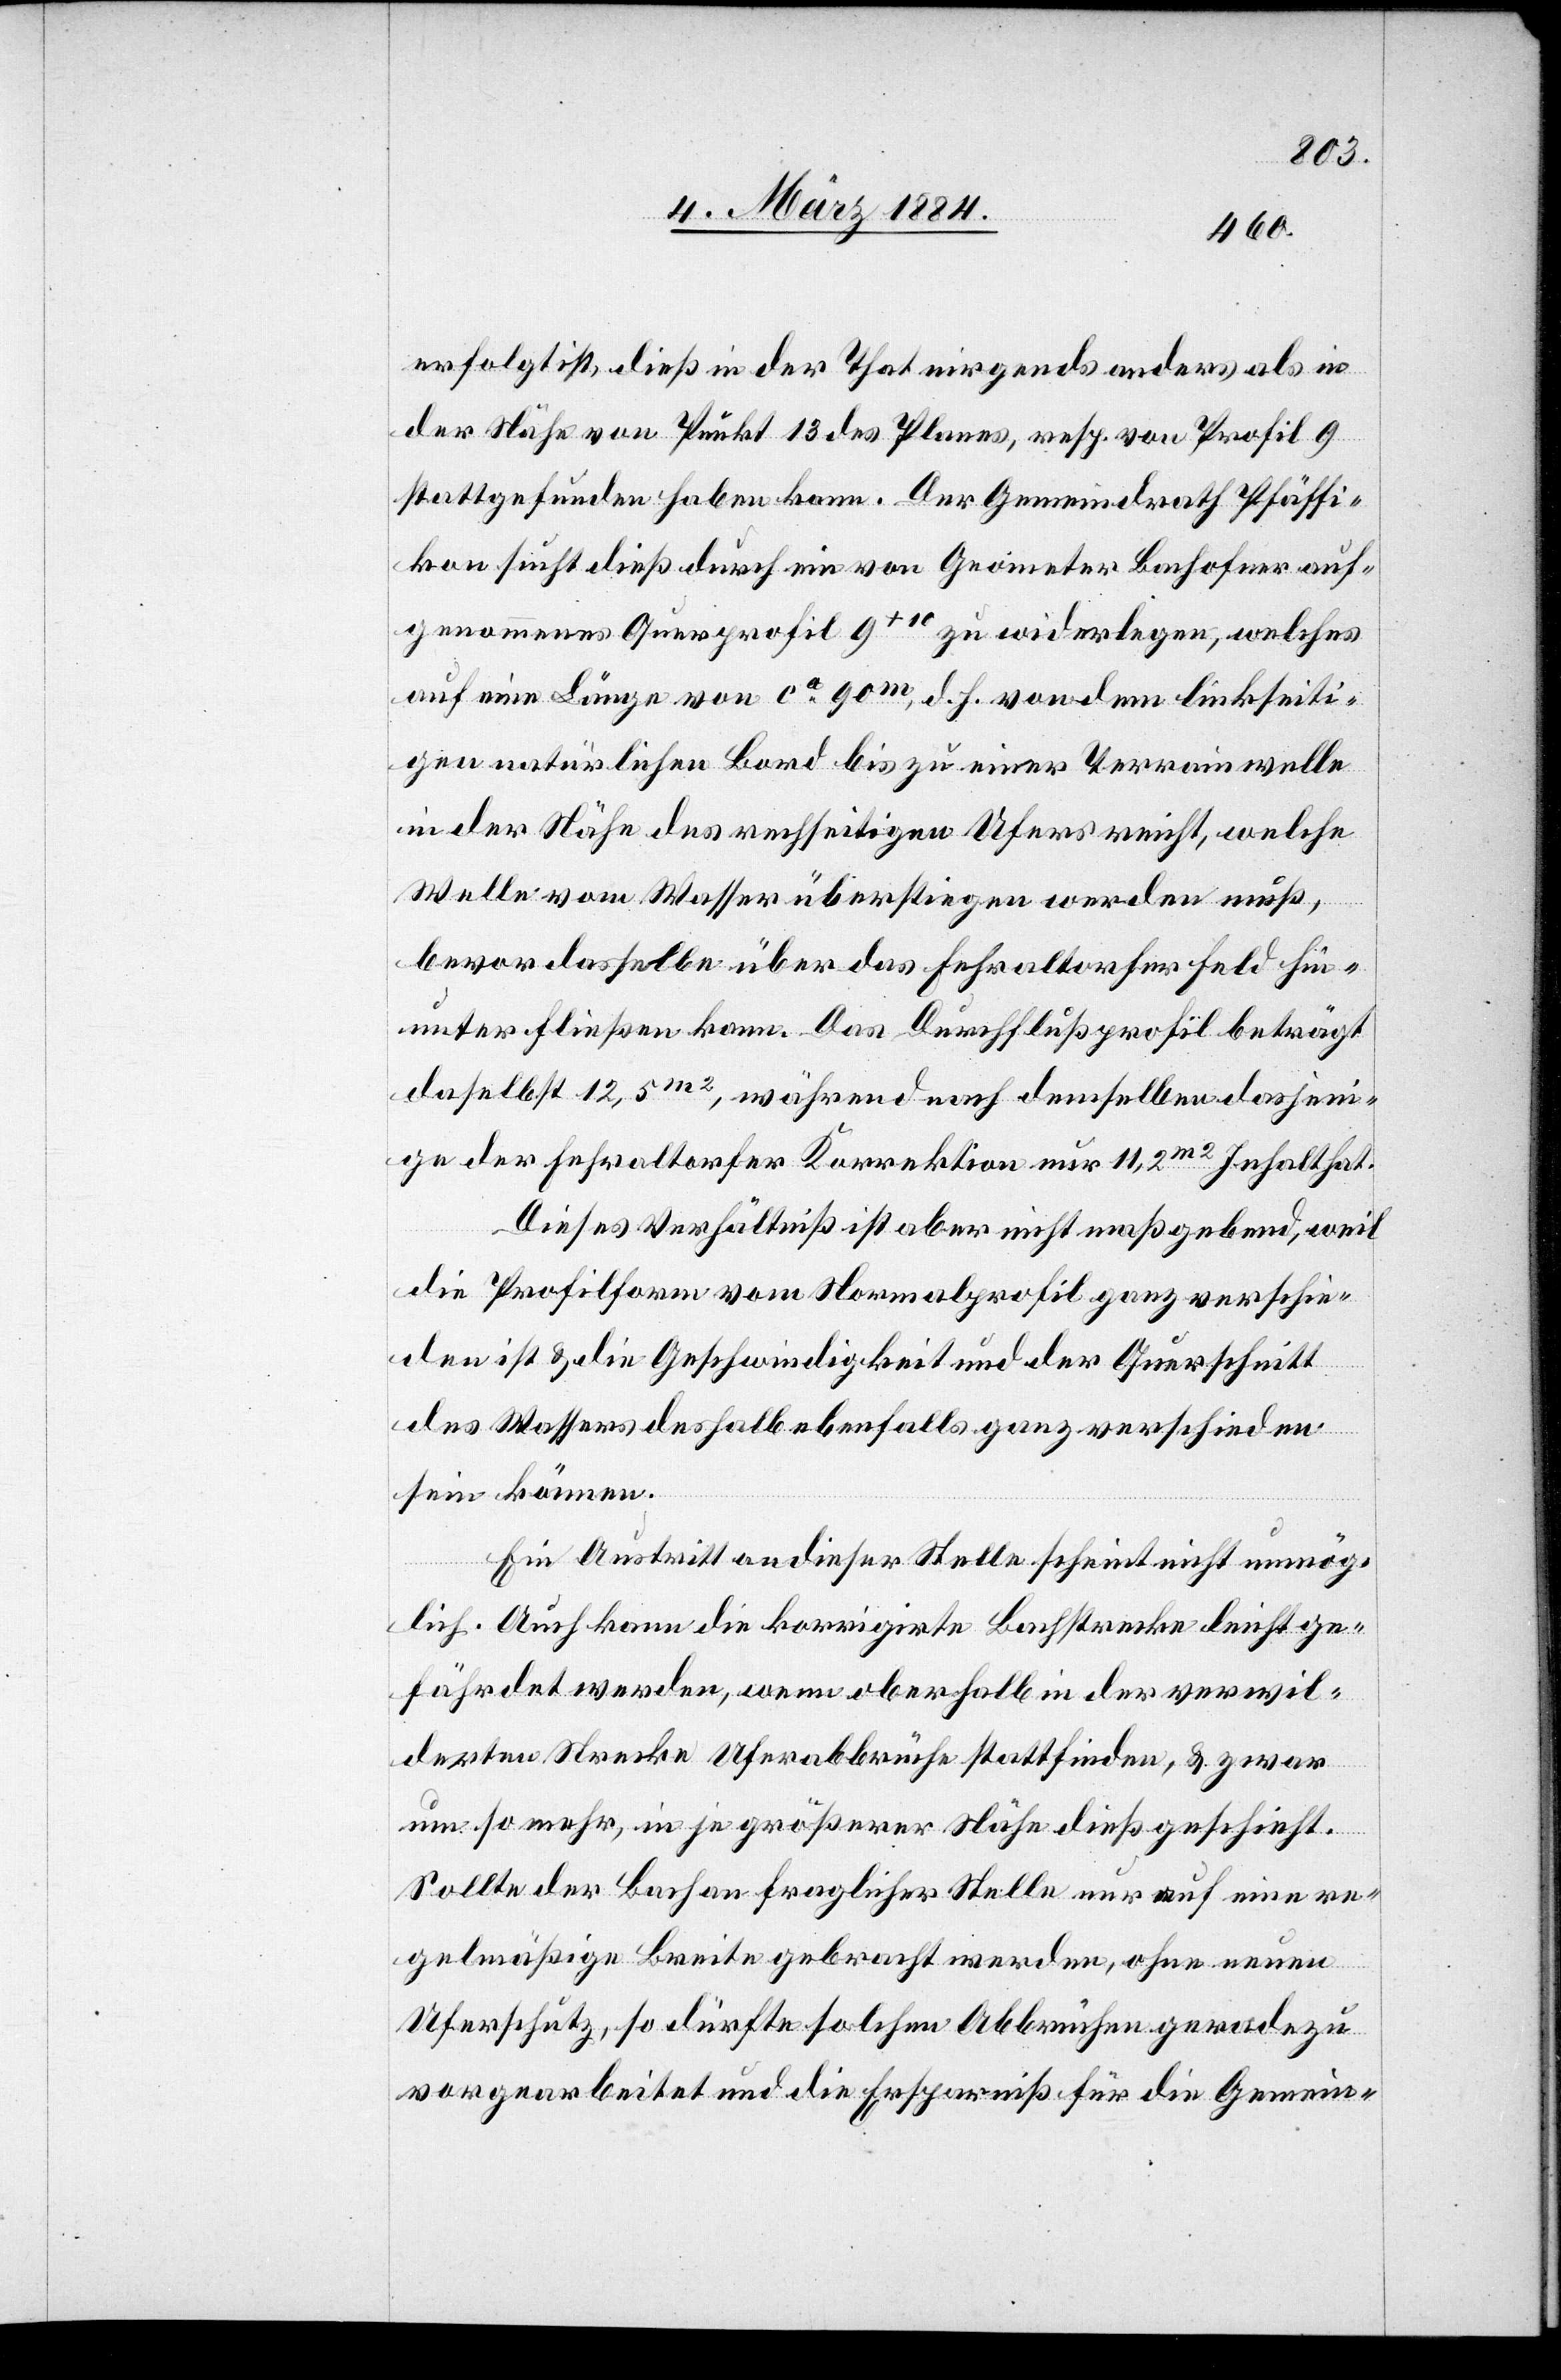
erfolgt ist, dieß in der That nirgend anders als in
der Nähe von Punkt 13 des Planes, resp. von Profil 9
stattgefunden haben kann. Der Gemeindrath Pfäffi¬
kon sucht dieß durch ein von Geometer Bachofner auf¬
genommenes Querprofil 9+10 zu widerlegen, welches
auf eine Länge von ca 90m, d. h. von dem linkseiti¬
gen natürlichen Bord bis zu einer Terrainwelle
in der Nähe des rechtseitigen Ufers reicht, welche
Welle vom Wasser überstiegen werden muß,
bevor dasselbe über das Fehraltorfer Feld hin¬
unterfließen kann. Das Durchflußprofil beträgt
daselbst 12,5m, während nach demselben dasjeni¬
ge der Fehraltorfer Korrektion nur 11,2m2 Inhalt hat.
Dieses Verhältniß ist aber nicht maßgebend, weil
die Profilform vom Normalprofil ganz verschie¬
den ist & die Geschwindigkeit und der Querschnitt
des Wassers deshalb ebenfalls ganz verschieden
sein können.
Ein Austritt an dieser Stelle scheint nicht unmög¬
lich. Auch kann die korrigirte Bachstrecke leicht ge¬
fährdet werden, wenn oberhalb in der verwil¬
derten Strecke Uferabbrüche stattfinden, & zwar
um so mehr, in je größerer Nähe dieß geschieht.
Sollte der Bach an fraglicher Stelle nur auf eine re¬
gelmäßige Breite gebracht werden, ohne neuen
Uferschutz, so dürfte solchem Abbruche gerade zu
vorgearbeitet und die Ersparniß für die Gemein-